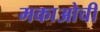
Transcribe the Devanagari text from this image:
मकाओची